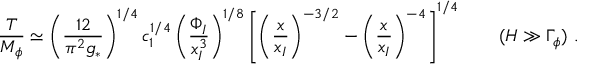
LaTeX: \frac { T } { M _ { \phi } } \simeq \left( \frac { 1 2 } { \pi ^ { 2 } g _ { * } } \right) ^ { 1 / 4 } c _ { 1 } ^ { 1 / 4 } \left( \frac { \Phi _ { I } } { x _ { I } ^ { 3 } } \right) ^ { 1 / 8 } \left[ \left( \frac { x } { x _ { I } } \right) ^ { - 3 / 2 } - \left( \frac { x } { x _ { I } } \right) ^ { - 4 } \right] ^ { 1 / 4 } \qquad ( H \gg \Gamma _ { \phi } ) \ .